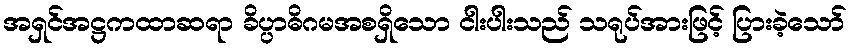
အရှင်အဋ္ဌကထာဆရာ ခိပ္ပာဓိဂမအစရှိသော ငါးပါးသည် သရုပ်အားဖြင့် ပြားခဲ့သော်